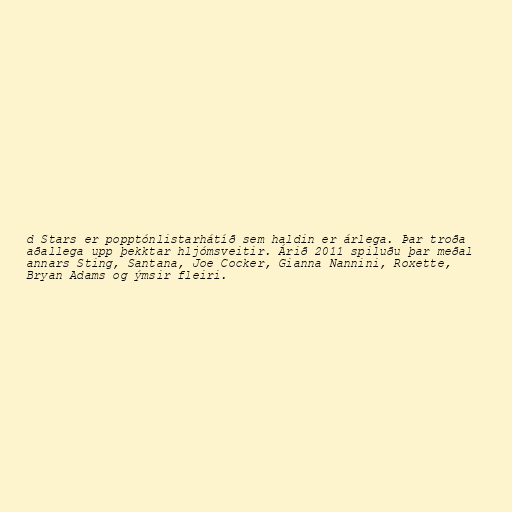
d Stars er popptónlistarhátíð sem haldin er árlega. Þar troða
aðallega upp þekktar hljómsveitir. Árið 2011 spiluðu þar meðal
annars Sting, Santana, Joe Cocker, Gianna Nannini, Roxette,
Bryan Adams og ýmsir fleiri.